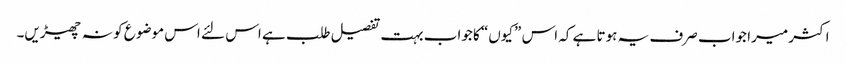
اکثر میرا جواب صرف یہ ہوتا ہے کہ اس ”کیوں“ کا جواب بہت تفصیل طلب ہے اس لئے اس موضوع کو نہ چھیڑیں۔